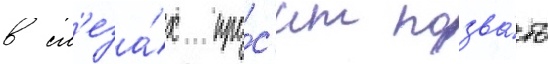
в сл'еза́х про́с'ит позва́ть